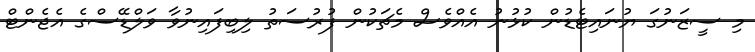
މި ސީޒަނުގަ ޔުނައިޓެޑުން ކުޅުނު އެއްވެސް މެޗަކުން ފުރުސަތު ލިބިފައިނުވާ ވަލްޑޭސްގެ އެޖެންޓް